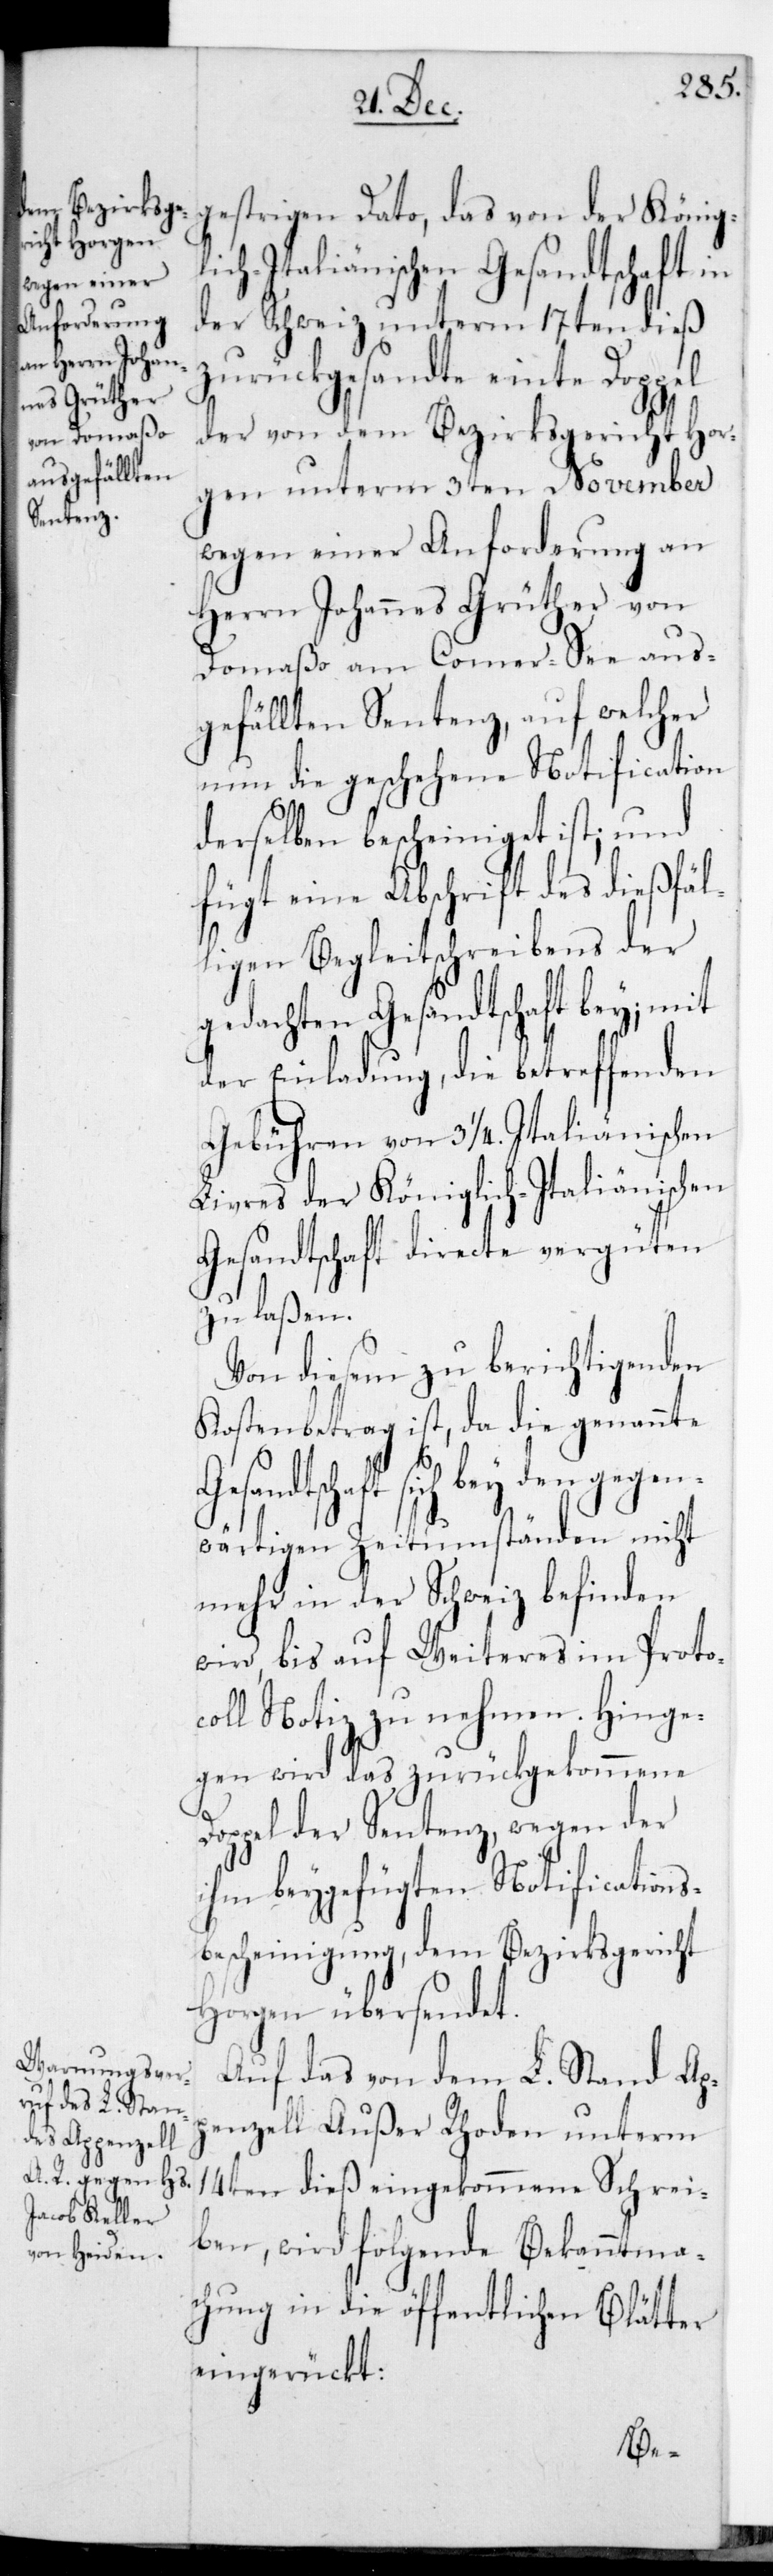
gestrigen Dato, das von der König¬
lich-Italiänischen Gesandtschaft in
der Schweiz unterm 17ten dieß
zurückgesandte einte Doppel
der von dem Bezirksgericht Hor¬
gen unterm 3ten November
wegen einer Anforderung an
Herrn Johannes Grüther von
Domaßo am Comersee aus¬
gefällten Sentenz, auf welcher
nun die geschehene Notification
derselben bescheiniget ist; und
fügt eine Abschrift des dießfäl¬
ligen Begleitschreibens der
gedachten Gesandtschaft bey; mit
der Einladung, die betreffenden
Gebühren von 3 1/4 Italiänischen
Livres der Königlich-Italiänischen
Gesandtschaft directe vergüten
zu laßen.
Von diesem zu berichtigenden
Kostenbetrag ist, da die genannte
sandtschaft sich bey den gegen¬
wärtigen Zeitumständen nicht
mehr in der Schweiz befinden
wird, bis auf Weiteres im Protoc¬
oll Notiz zu nehmen. Hinge¬
gen wird das zurückgekommene
Doppel der Sentenz, wegen der
ihm beygefügten Notification¬
escheinigung dem Bezirksgericht
Horgen übersendet.
Auf das von dem L. Stand Ap¬
penzell Außer Rhoden unterm
14ten dieß eingekommene Schrei¬
ben, wird folgende Bekanntma¬
chung in die öffentlichen Blätter
eingerückt:
s-B¬